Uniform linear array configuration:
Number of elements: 8
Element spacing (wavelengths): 0.5
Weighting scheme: exponential
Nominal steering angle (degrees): -60
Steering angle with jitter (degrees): -61.031
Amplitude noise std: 0.05
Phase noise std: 0.05

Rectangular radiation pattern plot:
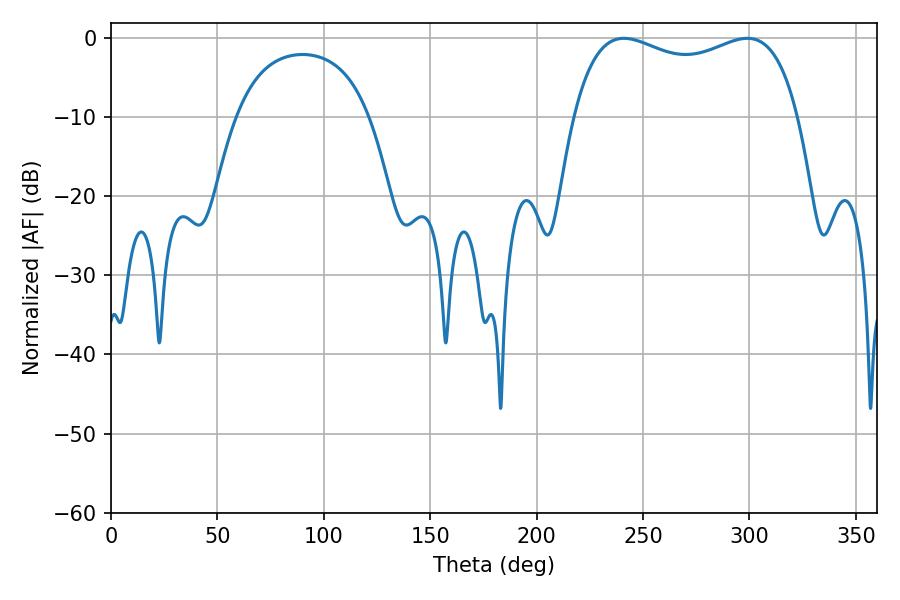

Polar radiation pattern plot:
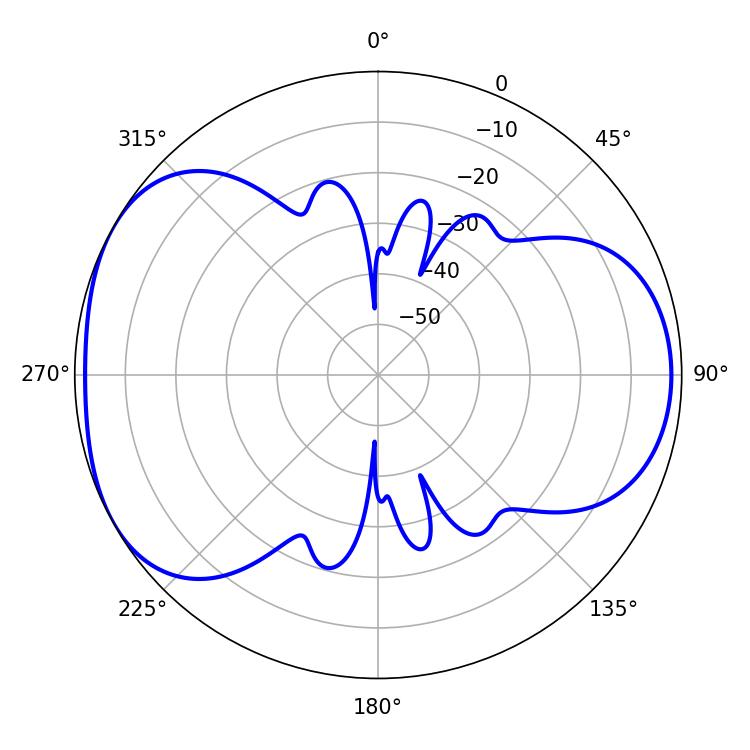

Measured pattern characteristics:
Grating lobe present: FALSE
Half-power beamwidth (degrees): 87.12
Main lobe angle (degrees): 241.02